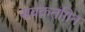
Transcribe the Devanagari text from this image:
सबक़तग़िन